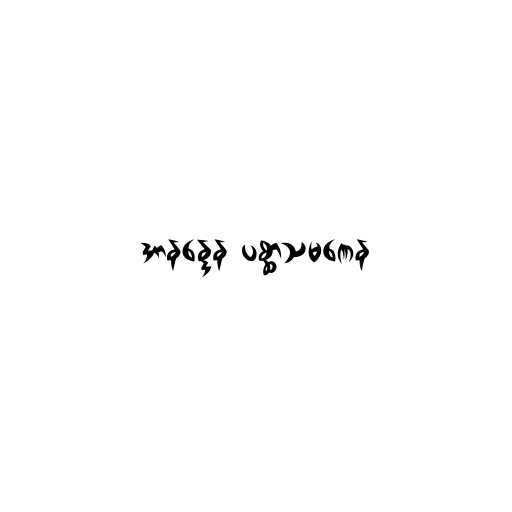
အာနန္ဒေန ပစ္ဆာသမဏေန